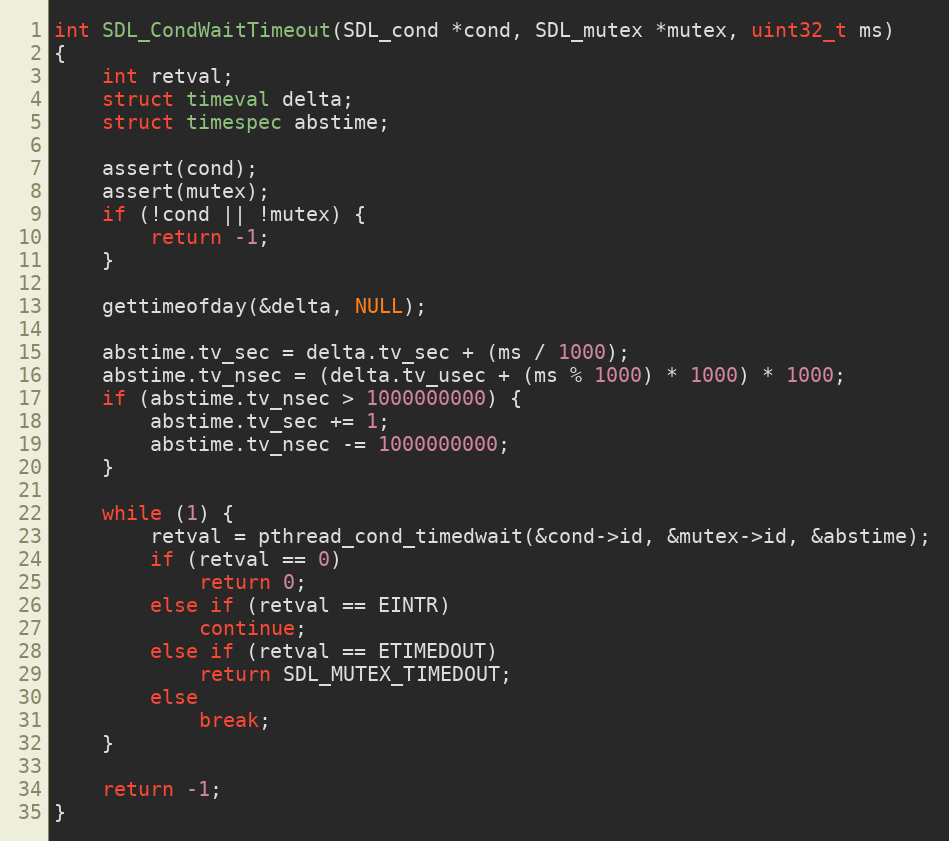
Language: C
int SDL_CondWaitTimeout(SDL_cond *cond, SDL_mutex *mutex, uint32_t ms)
{
    int retval;
    struct timeval delta;
    struct timespec abstime;

    assert(cond);
    assert(mutex);
    if (!cond || !mutex) {
        return -1;
    }

    gettimeofday(&delta, NULL);

    abstime.tv_sec = delta.tv_sec + (ms / 1000);
    abstime.tv_nsec = (delta.tv_usec + (ms % 1000) * 1000) * 1000;
    if (abstime.tv_nsec > 1000000000) {
        abstime.tv_sec += 1;
        abstime.tv_nsec -= 1000000000;
    }

    while (1) {
        retval = pthread_cond_timedwait(&cond->id, &mutex->id, &abstime);
        if (retval == 0)
            return 0;
        else if (retval == EINTR)
            continue;
        else if (retval == ETIMEDOUT)
            return SDL_MUTEX_TIMEDOUT;
        else
            break;
    }

    return -1;
}